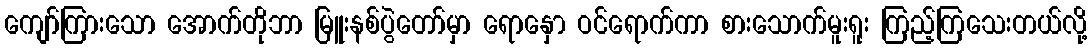
ကျော်ကြားသော အောက်တိုဘာ မြူးနစ်ပွဲတော်မှာ ရောနှော ဝင်ရောက်ကာ စားသောက်မူးရူး ကြည့်ကြသေးတယ်လို့